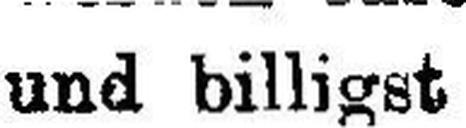
und billigst